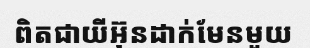
ពិតជាយីអ៊ុនដាក់មែនមួយ